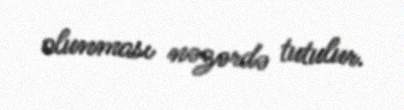
olunması nəzərdə tutulur.